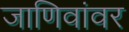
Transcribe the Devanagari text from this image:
जाणिवांवर